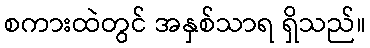
စကားထဲတွင် အနှစ်သာရ ရှိသည်။